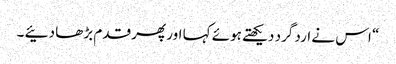
“ اس نے ارد گرد دیکھتے ہوئے کہا اور پھر قدم بڑھا دئیے ۔